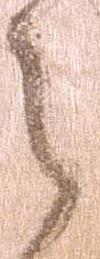
之